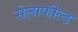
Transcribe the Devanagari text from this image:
सेलाफील्ड